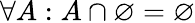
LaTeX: \forall A:A\cap\varnothing=\varnothing